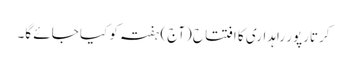
کرتارپور راہداری کا افتتاح (آج) ہفتہ کو کیا جائے گا۔